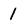
Character: 1